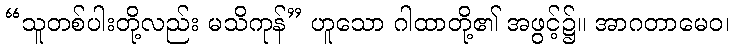
“သူတစ်ပါးတို့လည်း မသိကုန်” ဟူသော ဂါထာတို့၏ အဖွင့်၌။ အာဂတာမေဝ၊